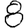
Digit: 8